Report on vaccination North-West Frontier Province 1904-1922 - 1904-1922
Year: 1904
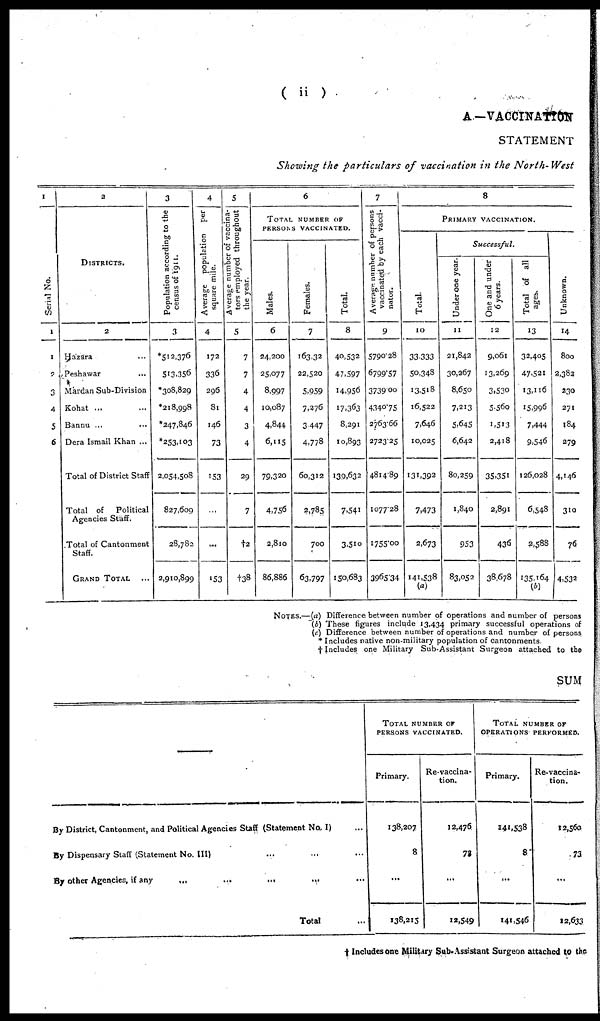
( ii )
A—VACCINATION
STATEMENT
Showing the particulars of vaccination in the North-West
1
Serial No.
1
1
2
3
4
5
6
2
DISTRICTS.
2
Hazara ...
Peshawar ...
Mardan Sub-Division
Kohat ... ...
Bannu ... ...
Dera Ismail Khan ...
Total of District Staff
Total of
Political
Agencies Staff.
Total of Cantonment
Staff.
GRAND TOTAL ...
3
Population according to the
census of 1911.
3
*512,376
513,356
*308,829
*218,998
*247,846
*253,103
2,054,508
827,609
28,782
2,910,899
4
Average population per
square mile.
4
172
336
296
81
146
73
153
...
...
153
5
Average number of vaccina¬
tors employed throughout
the year.
5
7
7
4
4
3
4
29
7
†2
†38
6
TOTAL NUMBER OF
PERSONS VACCINATED.
Males.
6
24,200
25,077
8,997
10,087
4,844
6,115
79,320
4,756
2,810
86,886
Females.
7
163,32
22,520
5,959
7,276
3 447
4,778
60,312
2,785
700
63,797
Total.
8
40,532
47,597
14,956
17,363
8,291
10,893
139,632
7,541
3,510
150,683
7
Average number of persons
vaccinated by each vacci¬
nator.
9
5790.28
6799.57
3739.00
4340.75
2763.66
2723.25
4814.89
1077.28
1755.00
3965.34
8
PRIMARY VACCINATION.
Total.
10
33,333
50,348
13,518
16,522
7,646
10,025
131,392
7,473
2,673
141,538
(a)
Successful.
Under one year.
11
21,842
30,267
8,650
7,213
5,645
6,642
80,259
1,840
953
83,052
One and under
6 years.
12
9,061
13,269
3,530
5,560
1,513
2,418
35,351
2,891
436
38,678
Total of all
ages.
13
32,405
47,521
13,116
15,996
7,444
9,546
126,028
6,548
2,588
135,164
(b)
Unknown.
14
800
2,382
230
271
184
279
4,146
310
76
4,532
NOTES.—(a) Difference between number of operations and number of persons
(b) These figures include 13,434 primary successful operations of
(c) Difference between number of operations and number of persons
* Includes native non-military population of cantonments
† Includes one Military Sub-Assistant Surgeon attached to the
SUM
By District, Cantonment, and Political Agencies Staff (Statement No. I) ...
By Dispensary Staff (Statement No. III) ... ... ...
By other Agencies, if any
...
...
...
... ...
Total ...
TOTAL NUMBER OF
PERSONS VACCINATED.
Primary.
138,207
8
...
138,215
Re-vaccina-
tion.
12,476
73
...
12,549
TOTAL NUMBER OF
OPERATIONS PERFORMED.
Primary.
141,538
8
...
141,546
Re-vaccina-
tion.
12,560
73
...
12,633
† Includes one Military Sub- Assistant Surgeon attached to the